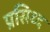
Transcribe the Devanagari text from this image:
प्रसिध्‍द